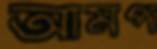
আমপ